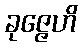
ခုဇ္ဇေဟိ